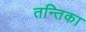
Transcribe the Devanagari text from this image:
तन्तिका